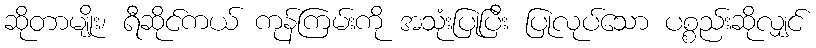
ဆိုတာမျိုး၊ ရီဆိုင်ကယ် ကုန်ကြမ်းကို အသုံးပြုပြီး ပြုလုပ်သော ပစ္စည်းဆိုလျှင်